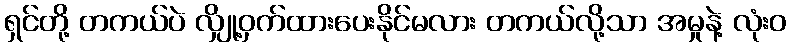
ရှင်တို့ တကယ်ပဲ လျှို့ဝှက်ထားပေးနိုင်မလား တကယ်လို့သာ အမှုနဲ့ လုံးဝ